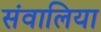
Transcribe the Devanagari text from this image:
संवालिया